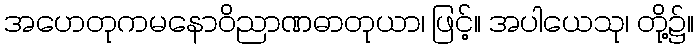
အဟေတုကမနောဝိညာဏဓာတုယာ၊ ဖြင့်။ အပါယေသု၊ တို့၌။